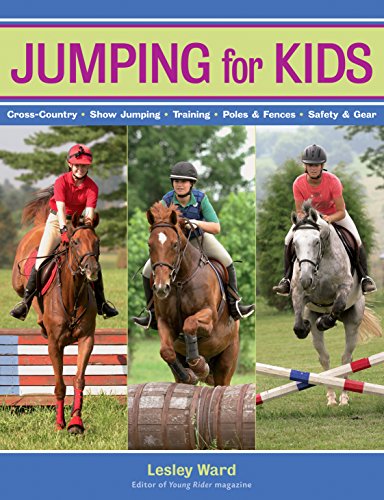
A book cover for Jumping for Kids; Lesley Ward; Teen & Young Adult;